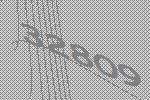
32809